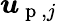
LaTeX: \boldsymbol{\mathit{u}}_{\mathrm{{~p~}},j}